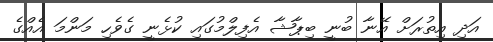
އަދި އިތުރަށް އޭނާ ބުނީ ބިޕާޝާ އެފިލްމުގައި ކުޅެނީ ގެވެހި މަންމަ އެއްގެ